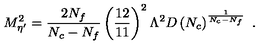
M _ { \eta ^ { \prime } } ^ { 2 } = \frac { 2 N _ { f } } { N _ { c } - N _ { f } } \left( \frac { 1 2 } { 1 1 } \right) ^ { 2 } \Lambda ^ { 2 } D \left( N _ { c } \right) ^ { \frac { 1 } { N _ { c } - N _ { f } } } \ .